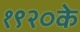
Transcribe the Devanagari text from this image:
१९२०के